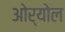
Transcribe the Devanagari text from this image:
ओर्योल